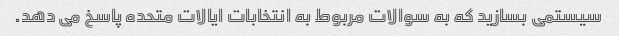
سیستمی بسازید که به سوالات مربوط به انتخابات ایالات متحده پاسخ می دهد.